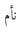
نأم